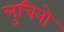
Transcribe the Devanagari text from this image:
लुचिनो